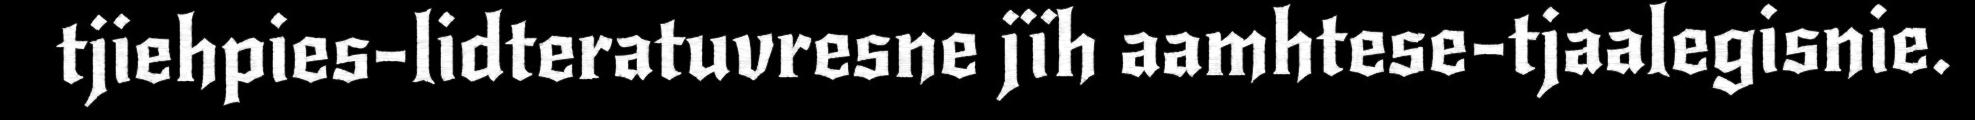
tjiehpies-lidteratuvresne jïh aamhtese-tjaalegisnie.